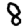
Digit: 8